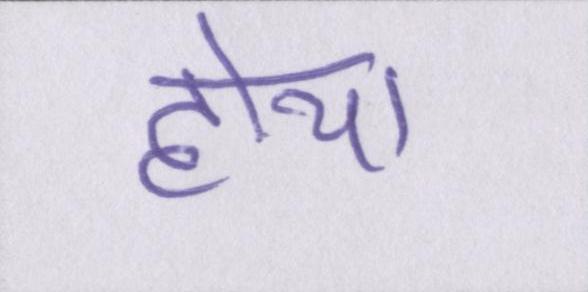
होया